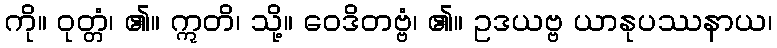
ကို။ ဝုတ္တံ၊ ၏။ ဣတိ၊ သို့။ ဝေဒိတဗ္ဗံ၊ ၏။ ဥဒယဗ္ဗ ယာနုပဿနာယ၊